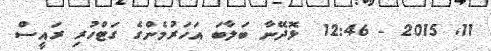
11